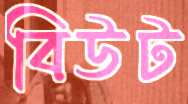
বিউট